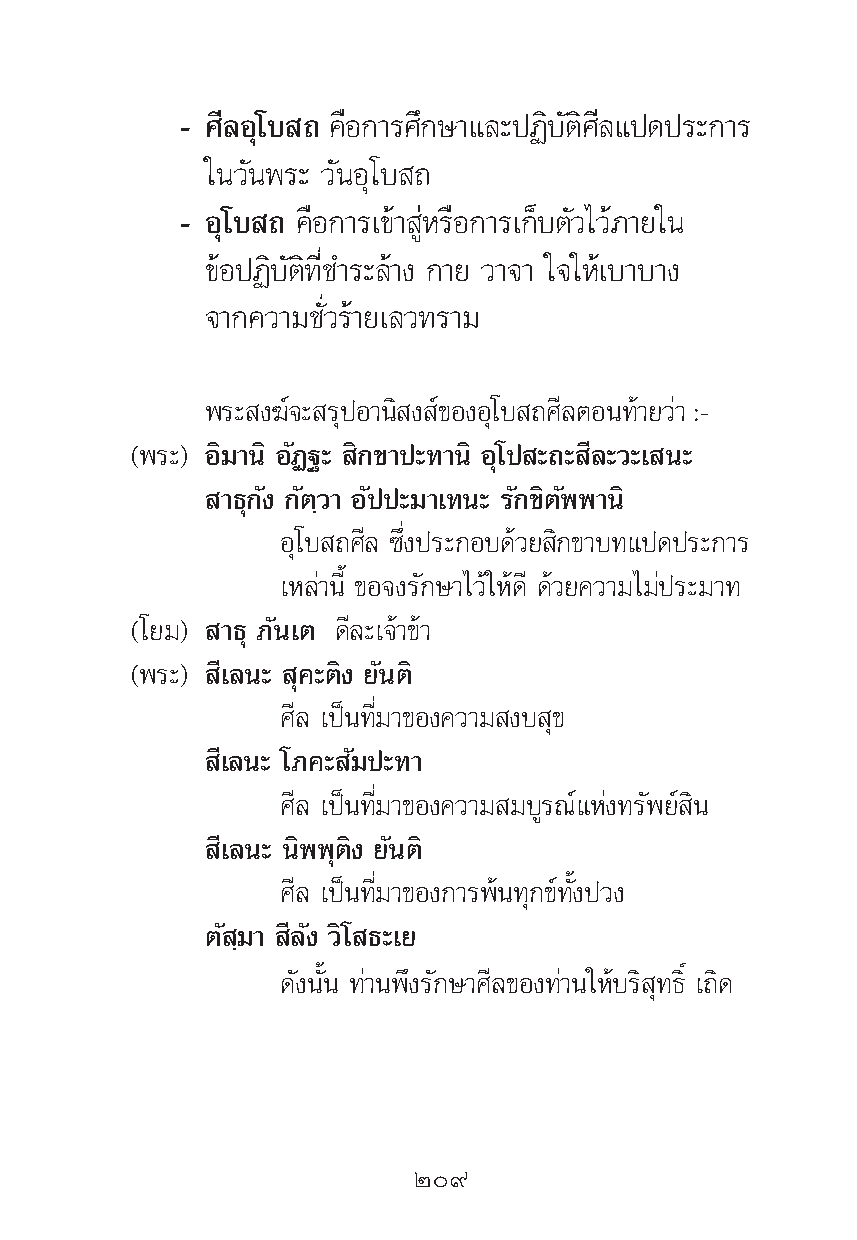
- »’≈Õÿ‚∫ ∂ §◊Õ°“√»÷°…“·≈–ªØ‘∫—μ‘»’≈·ª¥ª√–°“√
 „π«—πæ√– «—πÕÿ‚∫ ∂
 - Õÿ‚∫ ∂ §◊Õ°“√‡¢â“ ŸàÀ√◊Õ°“√‡°Á∫μ—«‰«â¿“¬„π
 ¢âÕªØ‘∫—μ‘∑’Ë™”√–≈â“ß °“¬ «“®“ „®„Àâ‡∫“∫“ß
 ®“°§«“¡™—Ë«√â“¬‡≈«∑√“¡
 æ√– ß¶å®– √ÿªÕ“π‘ ß å¢ÕßÕÿ‚∫ ∂»’≈μÕπ∑â“¬«à“ :-
 (æ√–) Õ‘¡“π‘ Õ—Ø∞– ‘°¢“ª–∑“π‘ Õÿ‚ª –∂– ’≈–«–‡ π–
 “∏ÿ°—ß °—μ⁄«“ Õ—ªª–¡“‡∑π– √—°¢‘μ—ææ“π‘
 Õÿ‚∫ ∂»’≈ ´÷Ëßª√–°Õ∫¥â«¬ ‘°¢“∫∑·ª¥ª√–°“√
 ‡À≈à“π’È ¢Õ®ß√—°…“‰«â„Àâ¥’ ¥â«¬§«“¡‰¡àª√–¡“∑
 (‚¬¡) “∏ÿ ¿—π‡μ ¥’≈–‡®â“¢â“
 (æ√–) ’‡≈π– ÿ§–μ‘ß ¬—πμ‘
 »’≈ ‡ªìπ∑’Ë¡“¢Õß§«“¡ ß∫ ÿ¢
 ’‡≈π– ‚¿§– —¡ª–∑“
 »’≈ ‡ªìπ∑’Ë¡“¢Õß§«“¡ ¡∫Ÿ√≥å·Ààß∑√—æ¬å ‘π
 ’‡≈π– π‘ææÿμ‘ß ¬—πμ‘
 »’≈ ‡ªìπ∑’Ë¡“¢Õß°“√æâπ∑ÿ°¢å∑—Èßª«ß
 μ— ⁄¡“ ’≈—ß «‘‚ ∏–‡¬
 ¥—ßπ—Èπ ∑à“πæ÷ß√—°…“»’≈¢Õß∑à“π„Àâ∫√‘ ÿ∑∏‘Ï ‡∂‘¥
 Ú˘